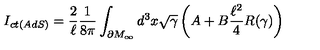
I _ { c t ( A d S ) } = \frac { 2 } { \ell } \frac { 1 } { 8 \pi } \int _ { \partial M _ { \infty } } d ^ { 3 } x \sqrt { \gamma } \left( A + B \frac { \ell ^ { 2 } } { 4 } R ( \gamma ) \right)